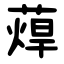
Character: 蔊